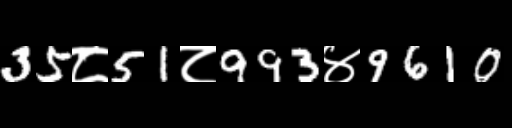
Text: 35८51८993४9610